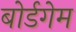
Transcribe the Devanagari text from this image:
बोर्डगेम